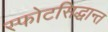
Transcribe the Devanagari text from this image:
स्फोटसिद्धान्त